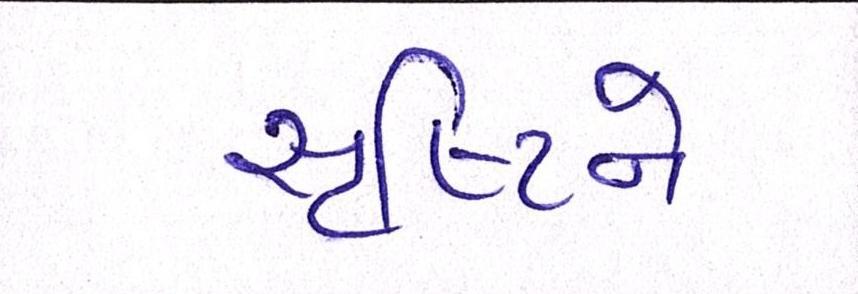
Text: સૃષ્ટિને